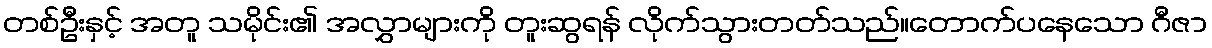
တစ်ဦးနှင့် အတူ သမိုင်း၏ အလွှာများကို တူးဆွရန် လိုက်သွားတတ်သည်။တောက်ပနေသော ဂီဇာ